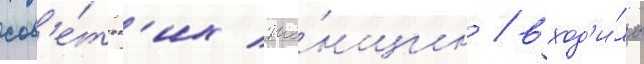
сов'е́тск'их же́нщин / вход'и́ла